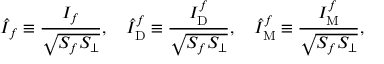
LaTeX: \hat { I } _ { f } \equiv \frac { I _ { f } } { \sqrt { S _ { f } S _ { \perp } } } , \quad \hat { I } _ { \mathrm { D } } ^ { f } \equiv \frac { I _ { \mathrm { D } } ^ { f } } { \sqrt { S _ { f } S _ { \perp } } } , \quad \hat { I } _ { \mathrm { M } } ^ { f } \equiv \frac { I _ { \mathrm { M } } ^ { f } } { \sqrt { S _ { f } S _ { \perp } } } ,